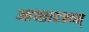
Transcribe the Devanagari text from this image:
आच्छादनम्‌